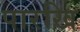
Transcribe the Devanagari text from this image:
पारखि